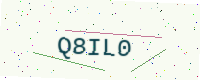
Text: Q8IL0